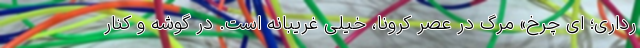
رداری؛ ای چرخ» مرگ در عصر کرونا، خیلی غریبانه است. در گوشه و کنار